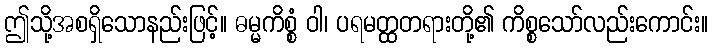
ဤသို့အစရှိသောနည်းဖြင့်။ ဓမ္မကိစ္စံ ဝါ၊ ပရမတ္ထတရားတို့၏ ကိစ္စသော်လည်းကောင်း။